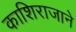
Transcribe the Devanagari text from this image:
काशिराजाने